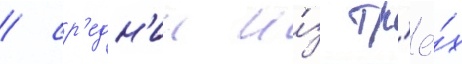
/ ср'едн'ии и́з тр'ё́х